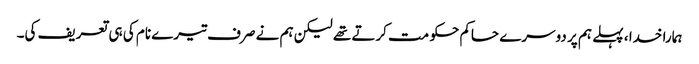
ہمارا خدا ، پہلے ہم پر دوسرے حاکم حکو مت کرتے تھے لیکن ہم نے صرف تیرے نام کی ہی تعریف کی۔